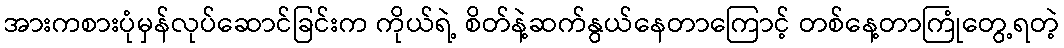
အားကစားပုံမှန်လုပ်ဆောင်ခြင်းက ကိုယ်ရဲ့ စိတ်နဲ့ဆက်နွယ်နေတာကြောင့် တစ်နေ့တာကြုံတွေ့ရတဲ့